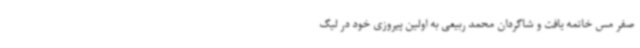
صفر مس خاتمه یافت و شاگردان محمد ربیعی به اولین پیروزی خود در لیگ